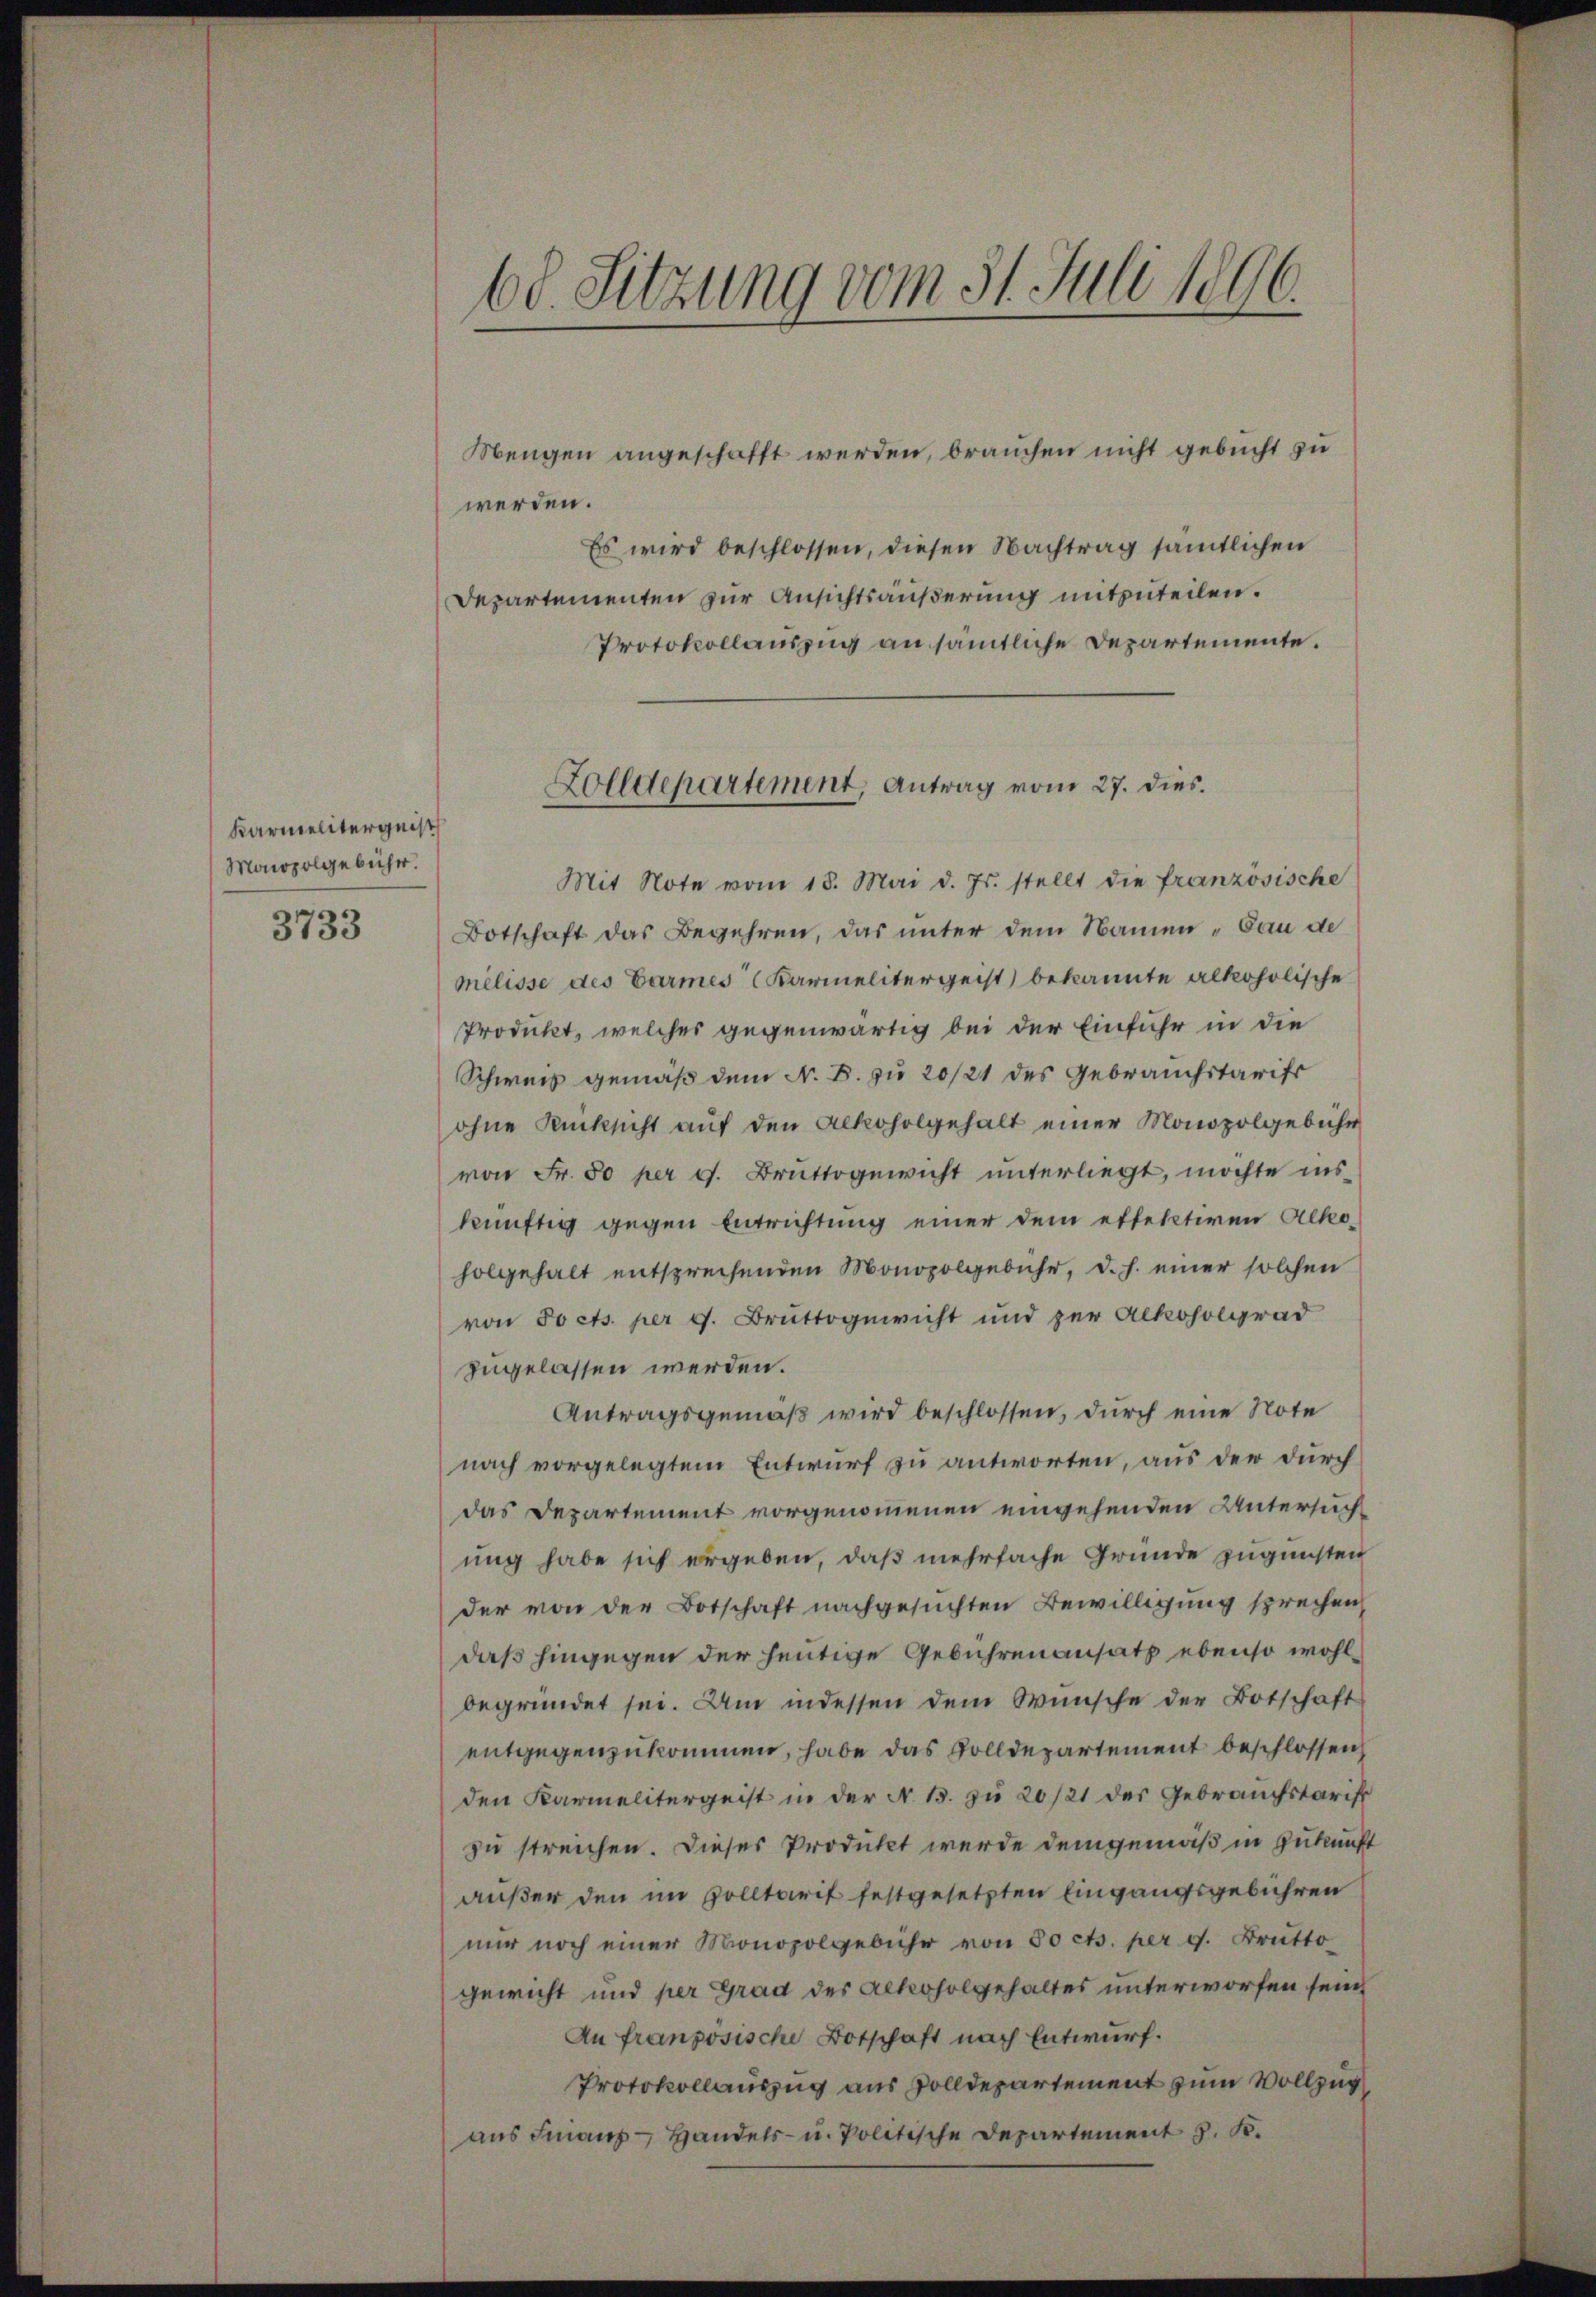
Karmelitergeist
Monopolgebühr.
3733

60. Sitzung vom 31. Juli 1896.

Mengen angeschafft werden, brauchen nicht gebucht zu
werden.
Es wird beschlossen, diesen Nachtrag sämtlichen
Departementen zur Ansichtsäußerung mitzuteilen.
Protokollauszug an sämtliche Departemente.
Mit Note vom 18. Mai d. Js. stellt die französische
Botschaft das Begehren, das unter dem Namen „Bau de
melisse des Carmes (Karmelitergeist) bekannte alkoholische
Produkt, welcher gegenwärtig bei der Einfuhr in die
Schweiz gemäß dem N. B. zu 20/21 des Gebrauchstarif
ohne Rücksicht auf den Rekoholgehalt einer Monopolgebühr
von Fr. 50 per s. Bruttogewicht unterliegt, möchte inskünftig gegen Entrichtung einer dem etteletiren Alloholgehalt entsprechenden Monopolgebühr, d. h. einer solchen
von Pocts. per 9. Bruttogewicht und zur Alkoholgrad
zugelassen werden.
Antragsgemäß wird beschlossen, durch eine Note
nach vorgelegtem Entwurf zu antworten, aus der durch
das Departement vorgenommenen eingehenden Untersuchung habe sich ergeben, daß mehrfache Gründe zugunsten
der von der Botschaft nachgesuchten Bewilligung sprechen,
daß hingegen der heutige Gebührenansatz ebenso wohlbegründet sei. Um indessen dem Wünsche der Botschaft
entgegenzukommen, habe das Volldepartement beschlossen
den Karmelitergeist in der N. 13. zu 20/21 des Gebrauchstarif
zu streichen. Dieses Produkt werde demgemäß in Zukunft
außer den im Solltarif festgesetzten Eingangsgebühren
mir noch einer Monopolgebühr von 50 cts. per v. Brutto
gewicht und per Grad des Alkoholgehaltes unterworfen sein
An französische Botschaft nach Entwurf.
Protokollauszug aus Zolldepartement zum Vollzug
aus Franz - Handels- u. Politische Departement J. K.

Zolldepartement, Antrag vom 27. dies